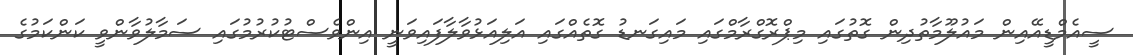
ސީއެމްޑީއޭއިން މައުލޫމާތުދިން ގޮތުގައި މިޕްރޮގްރާމްގައި މައިގަނޑު ގޮތެއްގައި އަލިއަޅުވާލާފައިވަނީ އިންވެސްޓުކުރުމުގައި ސަމާލުވާންވީ ކަންކަމުގެ